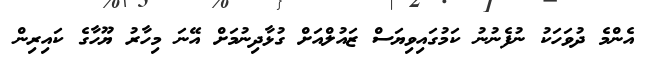
އެންމެ ދުވަހަކު ނުފެނުނު ކަމުގައިވިޔަސް ޒައުލްއަށް ގުޅާދިނުމަށް އޭނަ މިހާރު ޔޫހާގެ ކައިރިން